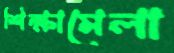
শিক্ষামেলা